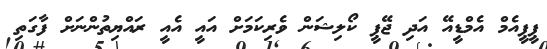
ޕީޕީއެމް އެމްޑީއޭ އަދި ޖޭޕީ ކޯލިޝަން ވެރިކަމަށް އައީ އެއީ ރައްޔިތުންނަށް ފާގަތި